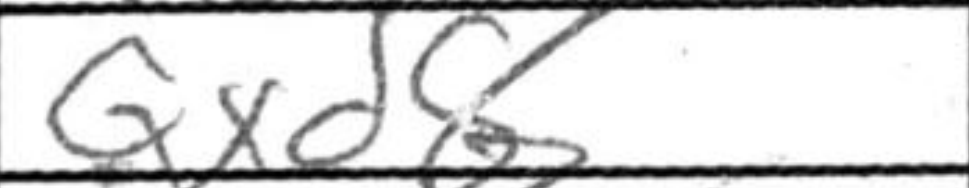
Transcription: Qxd8